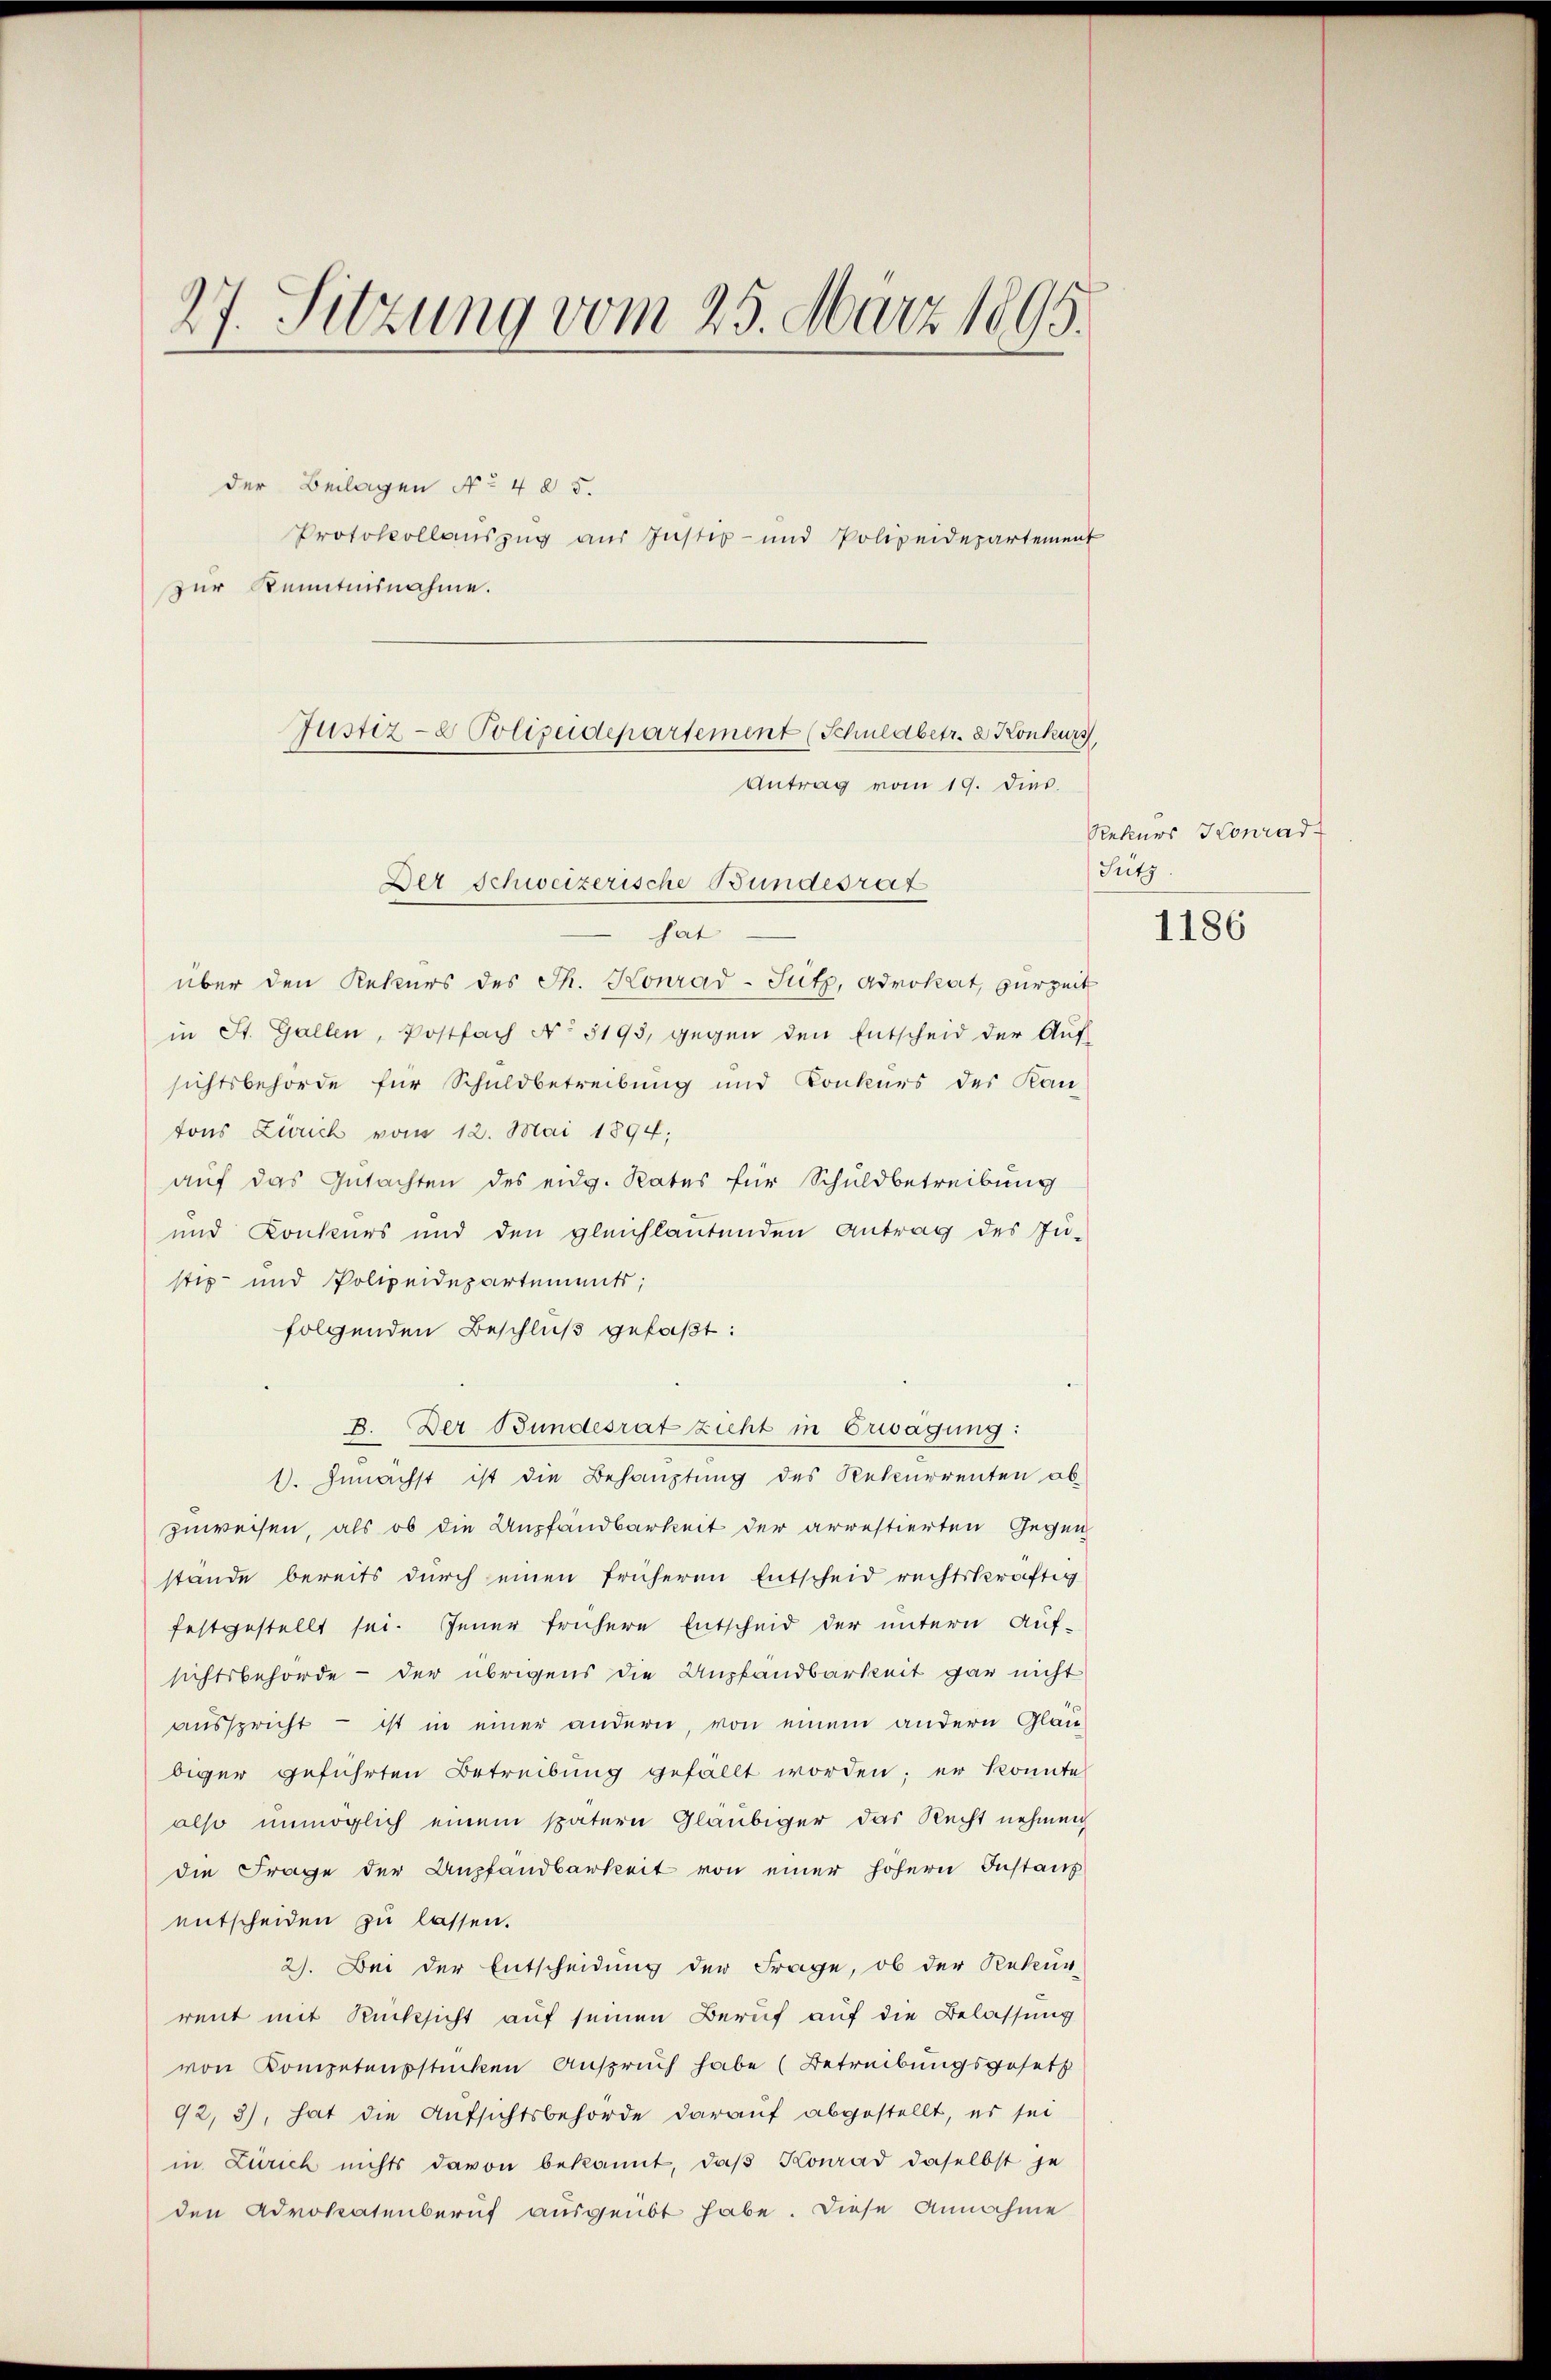
27. Sitzung vom 25. März 1895.

der Beilagen No 485.
Protokollauszug aus Justiz- und Polizeidepartement
zur Kenntnisnahme.

Justiz- & Polizeidepartement (Schuldbetr. 2 Konkurs
Antrag vom 19. dies.

Der Schweizerische Bundesrat
hat
über den Rekurs des Th. Konrad-Sutz, Advokat, zurzeit
in St. Gallen, Postfach No 5195, gegen den Entscheid der Auf-
sichtsbehörde für Schuldbetreibung und Konkurs der Kan-
tons Zürich vom 12. Mai 1894;
auf das Gutachten des eidg. Rates für Schuldbetreibung
und Konkurs und den gleichlautenden Antrag des Ju-
stiz- und Polizeidepartements;
folgenden Beschluß gefaßt:
B. Der Bundesrat zieht in Erwägung:
1. Genächst ist die Behauptung des Rekurrenten ab
zuweisen, als ob die Anpfandbarkeit der arrestierten Gegen
stände bereits durch einen früheren Entscheid rechtskräftig
festgestellt sei. Jener frühere Entscheid der untern Auf-
sichtsbehörde - der übrigens die Unpfandbarkeit gar nicht
ausspricht – ist in einer andern, von einem andern Gläu-
biger geführten Betreibŭng gefällt worden; er konnte
also unmöglich einem spätern Gläubiger das Recht nehmen,
die Frage der Anpfandbarkeit von einer hohern Instanz
entscheiden zu lassen.
2). Bei der Entscheidung der Frage, ob der Rekur-
rent mit Rücksicht auf seinen Beruf auf die Belassung
von Kompetensstücken Anspruch habe (Betreibungsgesetz
92, 3), hat die Aufsichtsbehörde darauf abgestellt, es sei
in Zürich nichts davon bekannt, daβ Konrad daselbst je
den Advokatenberuf ausgeübt habe. Diese Annahme

Rekurs Konrad
Sutz.

1186